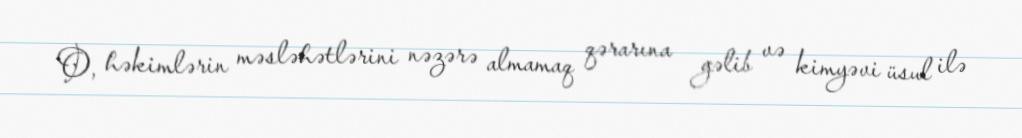
O, həkimlərin məsləhətlərini nəzərə almamaq qərarına gəlib və kimyəvi üsul ilə